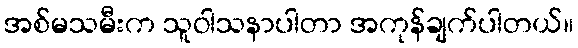
အစ်မသမီးက သူဝါသနာပါတာ အကုန်ချက်ပါတယ်။